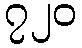
၇၂၀